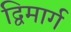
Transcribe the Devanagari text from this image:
द्विमार्ग